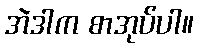
အဲဒါက စာအုပ်ပါ။